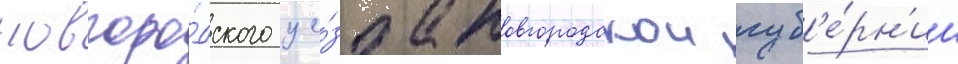
новгоро́дского уе́зда новгородскои губ'е́рн'ии